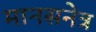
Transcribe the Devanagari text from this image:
मानसनेत्र